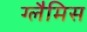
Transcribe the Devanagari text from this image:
ग्लैमिस